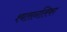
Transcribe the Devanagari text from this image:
श्‍वासनलिका